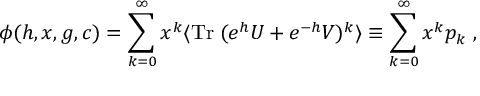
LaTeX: \phi ( h , x , g , c ) = \sum _ { k = 0 } ^ { \infty } x ^ { k } \langle \mathrm { T r } \; ( e ^ { h } U + e ^ { - h } V ) ^ { k } \rangle \equiv \sum _ { k = 0 } ^ { \infty } x ^ { k } p _ { k } \ ,